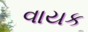
વાયક